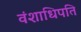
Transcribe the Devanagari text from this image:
वंशाधिपति